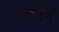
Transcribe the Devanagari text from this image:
मशानें